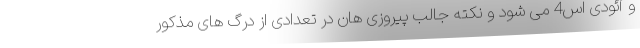
و آئودی اس4 می شود و نکته جالب پیروزی هان در تعدادی از درگ های مذکور